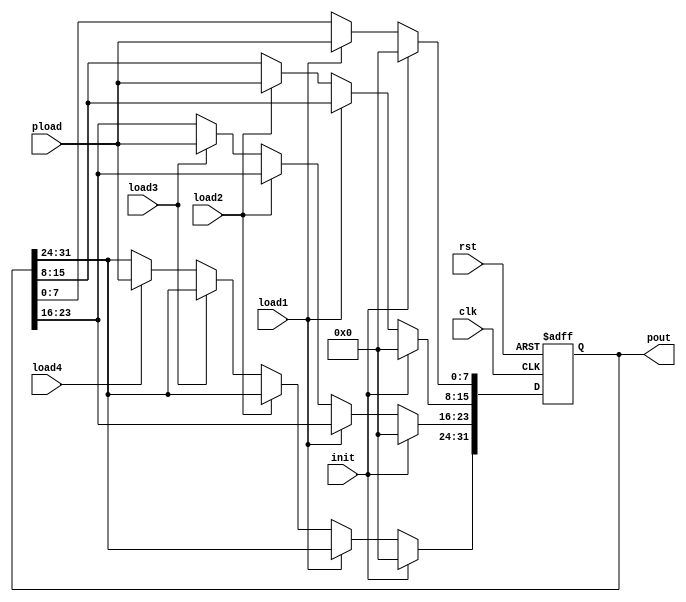
`timescale 1ns/1ns
module interleavedRegister (
    input clk,
    input rst,
    input load1,
    input load2,
    input load3,
    input load4,
    input init,
    input [7:0] pload,
    output reg [31:0] pout
);


    always @(posedge clk, posedge rst) begin
        if (rst == 1)
            pout <= 32'b0;
        else if(init)
            pout <= 32'b0;
        else if (load1 == 1)
            pout [7:0] <= pload;
        else if (load2 == 1)
            pout [15:8] <= pload;
        else if (load3 == 1)
            pout [23:16] <= pload;
        else if (load4 == 1)
            pout [31:24] <= pload;
        else
            pout <= pout;
    end


endmodule